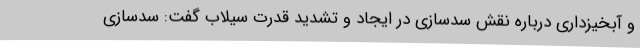
و آبخیزداری درباره نقش سدسازی در ایجاد و تشدید قدرت سیلاب گفت: سدسازی